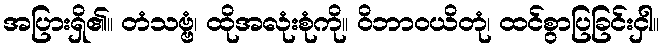
အပြားရှိ၏။ တံသဗ္ဗံ၊ ထိုအလုံးစုံကို။ ဝိဘာဝယိတုံ၊ ထင်စွာပြခြင်းငှါ။